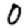
Digit: 0